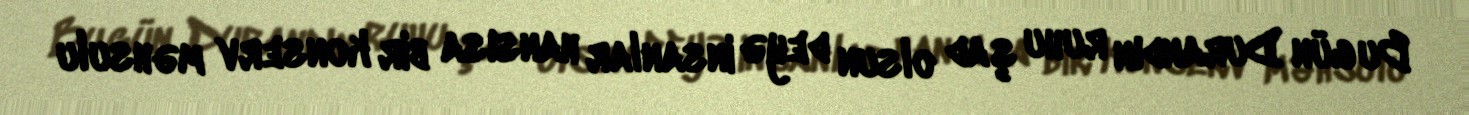
Bu gün Durandın ruhu şad olsun deyə insanlar hansısa bir konserv məhsulu